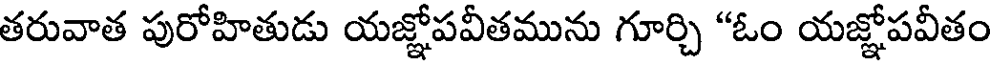
తరువాత పురోహితుడు యజ్ఞోపవీతమును గూర్చి "ఓం యజ్ఞోపవీతం